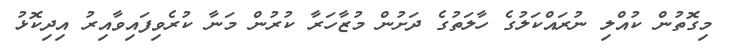
މިގޮތުން ކުއްލި ނުރައްކަލުގެ ހާލަތުގެ ދަށުން މުޒާހަރާ ކުރުން މަނާ ކުރެވިފައިވާއިރު އިދިކޮޅު